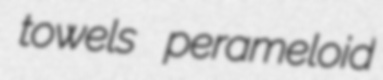
towels perameloid